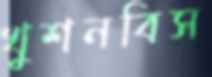
খুশনবিস